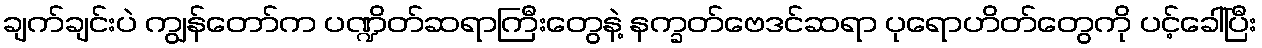
ချက်ချင်းပဲ ကျွန်တော်က ပဏ္ဍိတ်ဆရာကြီးတွေနဲ့ နက္ခတ်ဗေဒင်ဆရာ ပုရောဟိတ်တွေကို ပင့်ခေါ်ပြီး